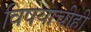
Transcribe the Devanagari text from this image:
विषयाचीही